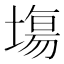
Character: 塲